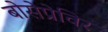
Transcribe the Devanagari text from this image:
बोसेप्रेविर